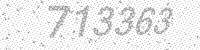
Solution: 713363